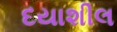
દયાશીલ